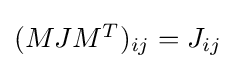
{\textstyle (MJM^{T})_{ij}=J_{ij}}